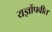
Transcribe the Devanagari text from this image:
यज्ञोंपवीत